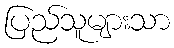
ပြည်သူများသာ